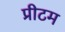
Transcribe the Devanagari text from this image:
प्रीटम